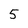
Character: 5